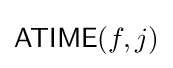
{\mathsf {ATIME}}(f,j)